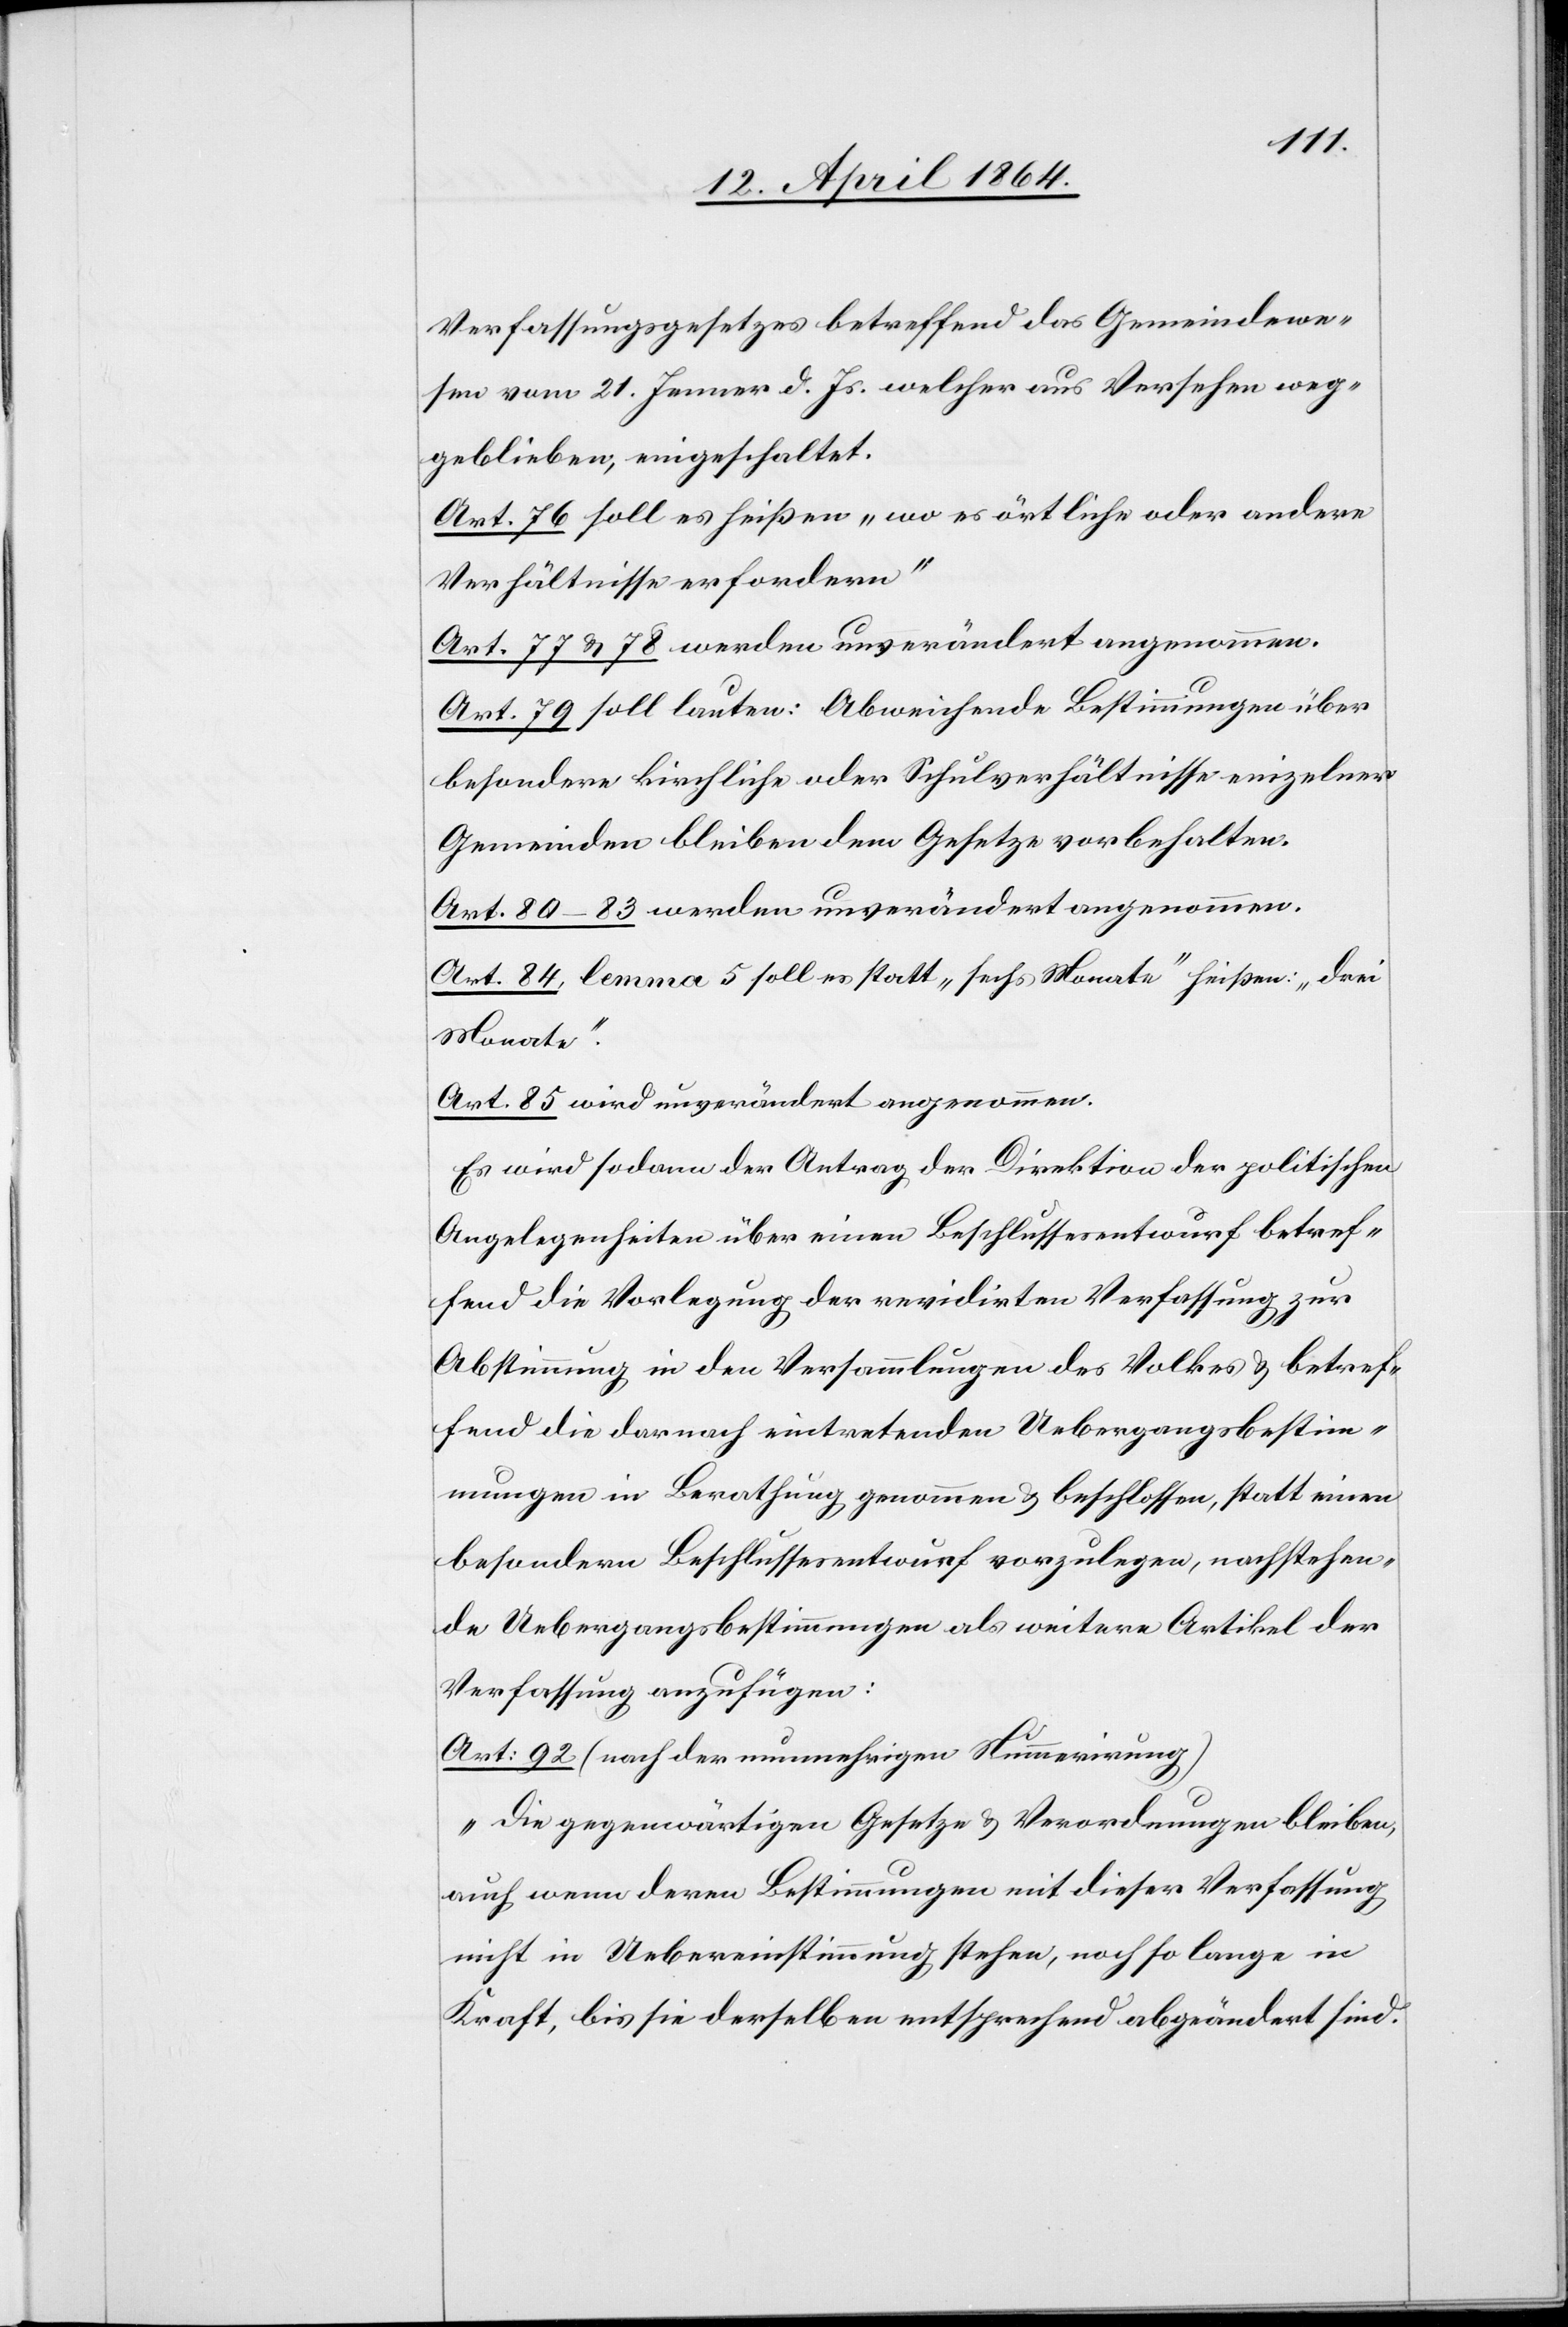
Verfassungsgesetzes betreffend das Gemeindewe¬
sen vom 21. Jenner d. Js. welcher aus Versehen weg¬
geblieben, eingeschaltet.
Art. 76 soll es heißen „wo es örtliche oder andere
Verhältnisse erfordern“
Art. 77 u. 78 werden unverändert angenommen.
Art. 79 soll lauten: Abweichende Bestimmungen über
besondere kirchliche oder Schulverhältnisse einzelner
Gemeinden bleiben dem Gesetze vorbehalten.
Art. 80–83 werden unverändert angenommen.
Art. 84 lemma 5 soll es statt „sechs Monate“ heißen: „drei
Monate“.
Art. 85 wird unverändert angenommen.
Es wird sodann der Antrag der Direktion der politischen
Angelegenheiten über einen Beschlussesentwurf betref¬
fend die Vorlegung der revidirten Verfassung zur
Abstimmung in den Versammlungen des Volkes u. betref¬
fend die darnach eintretenden Uebergangsbestim¬
mungen in Berathung genommen u. beschlossen, statt einen
besondern Beschlussesentwurf vorzulegen, nachstehen¬
de Uebergangsbestimmungen als weitere Artikel der
Verfassung anzufügen:
Art: 92 (nach der nunmehrigen Nummerirung)
„Die gegenwärtigen Gesetze u. Verordnungen bleiben,
auch wenn deren Bestimmungen mit dieser Verfassung
nicht in Uebereinstimmung stehen, noch so lange in
Kraft, bis sie derselben entsprechend abgeändert sind.